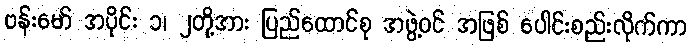
ဗန်းမော် အပိုင်း ၁၊ ၂တို့အား ပြည်ထောင်စု အဖွဲ့ဝင် အဖြစ် ပေါင်းစည်းလိုက်ကာ